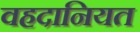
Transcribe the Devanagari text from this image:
वहदानियत